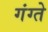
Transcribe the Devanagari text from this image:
गंग्ते